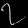
Digit: ၇